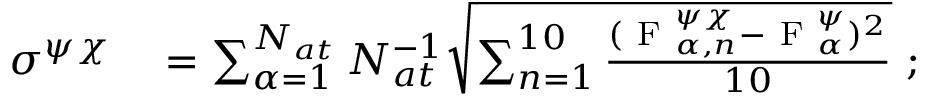
\begin{array} { r l } { \sigma ^ { \psi \chi } } & { { } = \sum _ { \alpha = 1 } ^ { N _ { a t } } N _ { a t } ^ { - 1 } \sqrt { \sum _ { n = 1 } ^ { 1 0 } \frac { ( \mathrm { ~ F ~ } _ { \alpha , n } ^ { \psi \chi } - \mathrm { ~ F ~ } _ { \alpha } ^ { \psi } ) ^ { 2 } } { 1 0 } } ~ ; } \end{array}